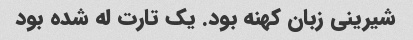
شیرینی زبان کهنه بود. یک تارت له شده بود